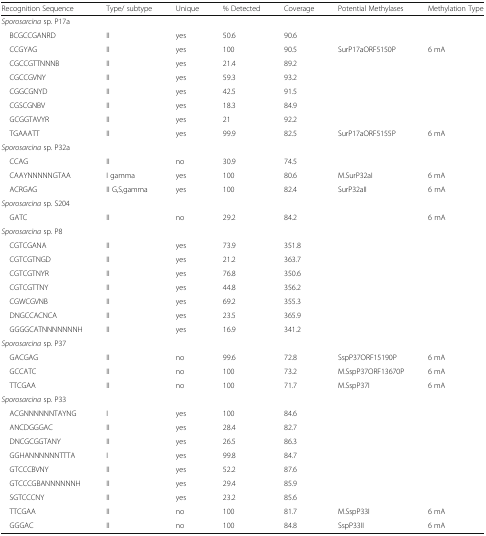
<table><thead><tr><td><b>Recognition Sequence</b></td><td><b>Type/ subtype</b></td><td><b>Unique</b></td><td><b>% Detected</b></td><td><b>Coverage</b></td><td><b>Potential Methylases</b></td><td><b>Methylation Type</b></td></tr></thead><tbody><tr><td colspan="7"><i>Sporosarcina</i> sp. P17a</td></tr><tr><td> BCGCCGANRD</td><td>II</td><td>yes</td><td>50.6</td><td>90.6</td><td></td><td></td></tr><tr><td> CCGYAG</td><td>II</td><td>yes</td><td>100</td><td>90.5</td><td>SurP17aORF5150P</td><td>6 mA</td></tr><tr><td> CGCCGTTNNNB</td><td>II</td><td>yes</td><td>21.4</td><td>89.2</td><td></td><td></td></tr><tr><td> CGCCGVNY</td><td>II</td><td>yes</td><td>59.3</td><td>93.2</td><td></td><td></td></tr><tr><td> CGGCGNYD</td><td>II</td><td>yes</td><td>42.5</td><td>91.5</td><td></td><td></td></tr><tr><td> CGSCGNBV</td><td>II</td><td>yes</td><td>18.3</td><td>84.9</td><td></td><td></td></tr><tr><td> GCGGTAVYR</td><td>II</td><td>yes</td><td>21</td><td>92.2</td><td></td><td></td></tr><tr><td> TGAAATT</td><td>II</td><td>yes</td><td>99.9</td><td>82.5</td><td>SurP17aORF5155P</td><td>6 mA</td></tr><tr><td colspan="7"><i>Sporosarcina</i> sp. P32a</td></tr><tr><td> CCAG</td><td>II</td><td>no</td><td>30.9</td><td>74.5</td><td></td><td></td></tr><tr><td> CAAYNNNNNGTAA</td><td>I gamma</td><td>yes</td><td>100</td><td>80.6</td><td>M.SurP32aI</td><td>6 mA</td></tr><tr><td> ACRGAG</td><td>II G,S,gamma</td><td>yes</td><td>100</td><td>82.4</td><td>SurP32aII</td><td>6 mA</td></tr><tr><td colspan="7"><i>Sporosarcina</i> sp. S204</td></tr><tr><td> GATC</td><td>II</td><td>no</td><td>29.2</td><td>84.2</td><td></td><td>6 mA</td></tr><tr><td colspan="7"><i>Sporosarcina</i> sp. P8</td></tr><tr><td> CGTCGANA</td><td>II</td><td>yes</td><td>73.9</td><td>351.8</td><td></td><td></td></tr><tr><td> CGTCGTNGD</td><td>II</td><td>yes</td><td>21.2</td><td>363.7</td><td></td><td></td></tr><tr><td> CGTCGTNYR</td><td>II</td><td>yes</td><td>76.8</td><td>350.6</td><td></td><td></td></tr><tr><td> CGTCGTTNY</td><td>II</td><td>yes</td><td>44.8</td><td>356.2</td><td></td><td></td></tr><tr><td> CGWCGVNB</td><td>II</td><td>yes</td><td>69.2</td><td>355.3</td><td></td><td></td></tr><tr><td> DNGCCACNCA</td><td>II</td><td>yes</td><td>23.5</td><td>365.9</td><td></td><td></td></tr><tr><td> GGGGCATNNNNNNNH</td><td>II</td><td>yes</td><td>16.9</td><td>341.2</td><td></td><td></td></tr><tr><td colspan="7"><i>Sporosarcina</i> sp. P37</td></tr><tr><td> GACGAG</td><td>II</td><td>no</td><td>99.6</td><td>72.8</td><td>SspP37ORF15190P</td><td>6 mA</td></tr><tr><td> GCCATC</td><td>II</td><td>no</td><td>100</td><td>73.2</td><td>M.SspP37ORF13670P</td><td>6 mA</td></tr><tr><td> TTCGAA</td><td>II</td><td>no</td><td>100</td><td>71.7</td><td>M.SspP37I</td><td>6 mA</td></tr><tr><td colspan="7"><i>Sporosarcina</i> sp. P33</td></tr><tr><td> ACGNNNNNNTAYNG</td><td>I</td><td>yes</td><td>100</td><td>84.6</td><td></td><td></td></tr><tr><td> ANCDGGGAC</td><td>II</td><td>yes</td><td>28.4</td><td>82.7</td><td></td><td></td></tr><tr><td> DNCGCGGTANY</td><td>II</td><td>yes</td><td>26.5</td><td>86.3</td><td></td><td></td></tr><tr><td> GGHANNNNNNTTTA</td><td>I</td><td>yes</td><td>99.8</td><td>84.7</td><td></td><td></td></tr><tr><td> GTCCCBVNY</td><td>II</td><td>yes</td><td>52.2</td><td>87.6</td><td></td><td></td></tr><tr><td> GTCCCGBANNNNNNH</td><td>II</td><td>yes</td><td>29.4</td><td>85.9</td><td></td><td></td></tr><tr><td> SGTCCCNY</td><td>II</td><td>yes</td><td>23.2</td><td>85.6</td><td></td><td></td></tr><tr><td> TTCGAA</td><td>II</td><td>no</td><td>100</td><td>81.7</td><td>M.SspP33I</td><td>6 mA</td></tr><tr><td> GGGAC</td><td>II</td><td>no</td><td>100</td><td>84.8</td><td>SspP33II</td><td>6 mA</td></tr></tbody></table>